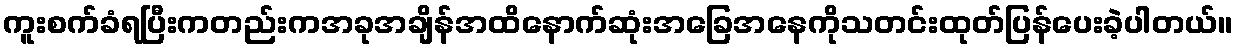
ကူးစက်ခံရပြီးကတည်းကအခုအချိန်အထိနောက်ဆုံးအခြေအနေကိုသတင်းထုတ်ပြန်ပေးခဲ့ပါတယ်။